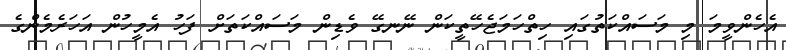
އެހެންވީމަ މި މަސައްކަތުގައި ހިތްހަމަޖެހޭތީކަން ނޭނގޭ ވެޑިން މަސައްކަތަށް ފަހު އެމީހުން އަހަރެމެންގެ